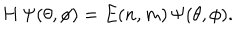
H \, \Psi ( \theta , \phi ) = E ( n , m ) \, \Psi ( \theta , \phi ) .